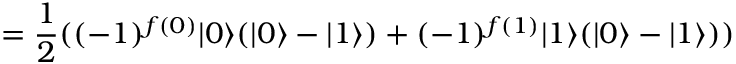
= { \frac { 1 } { 2 } } ( ( - 1 ) ^ { f ( 0 ) } | 0 \rangle ( | 0 \rangle - | 1 \rangle ) + ( - 1 ) ^ { f ( 1 ) } | 1 \rangle ( | 0 \rangle - | 1 \rangle ) )